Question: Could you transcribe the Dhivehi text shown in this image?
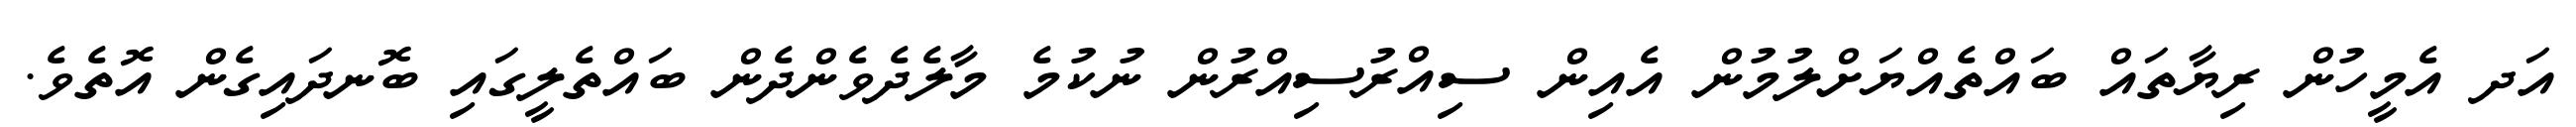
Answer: އަދ އެމީހުން ރިޔާތައް ބައްތެއްޔަށްލުމުން އެއިން ސިއްރުސިއްރުން ނުކުމެ މާލެދެވެންދެން ބައްތެލީގައި ބޮނދައިގެން އޮތެވެ.